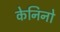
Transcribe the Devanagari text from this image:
केनिनो